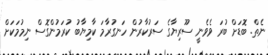
ނެތް. ބޮޑަށް ބުރަ ވެވެނީ ސޫރިޔާގެ ސަރުކާރުން ހަނގުރާމަ ކާމިޔާބު ކުރަމުންގޮސް ނިމުމަކަށް